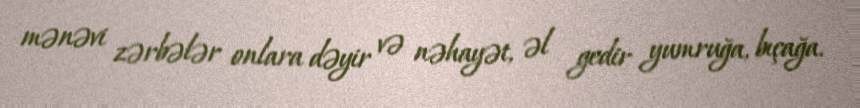
mənəvi zərbələr onlara dəyir və nəhayət, əl gedir yumruğa, bıçağa.